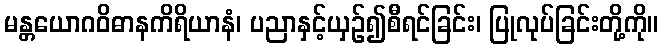
မန္တယောဂဝိဓာနကိရိယာနံ၊ ပညာနှင့်ယှဉ်၍စီရင်ခြင်း၊ ပြုလုပ်ခြင်းတို့ကို။